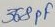
Text: 368PF